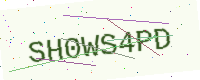
Text: SH0WS4PD